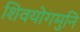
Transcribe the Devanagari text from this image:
शिवयोगमुनि